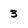
Character: 3